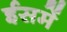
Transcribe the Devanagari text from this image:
ईसमें